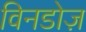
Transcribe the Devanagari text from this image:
विनडोज़